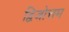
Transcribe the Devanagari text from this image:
द्विजोत्तम